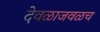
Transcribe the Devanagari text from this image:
देवळाजवळच